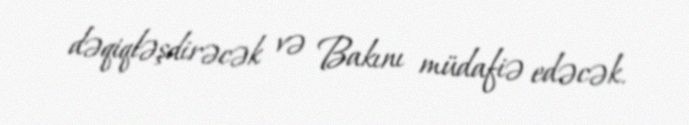
dəqiqləşdirəcək və Bakını müdafiə edəcək.